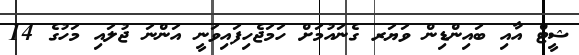
ޝީޓް އާއި ބައިންޑިން ވަޔަރ ގެނައުމަށް ހަމަޖެހިފައިވަނީ އަންނަ ޖުލައި މަހުގެ 14